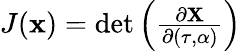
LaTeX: \begin{array}{r}{J(\mathbf{x})=\operatorname*{det}\left(\frac{\partial\mathbf{X}}{\partial(\tau,\alpha)}\right)}\end{array}